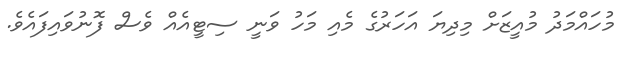
މުހައްމަދު މުއީޒަށް މިދިޔަ އަހަރުގެ މެއި މަހު ވަނީ ސިޓީއެއް ވެސް ފޮނުވައިފައެވެ.